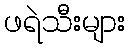
ဖရဲသီးများ